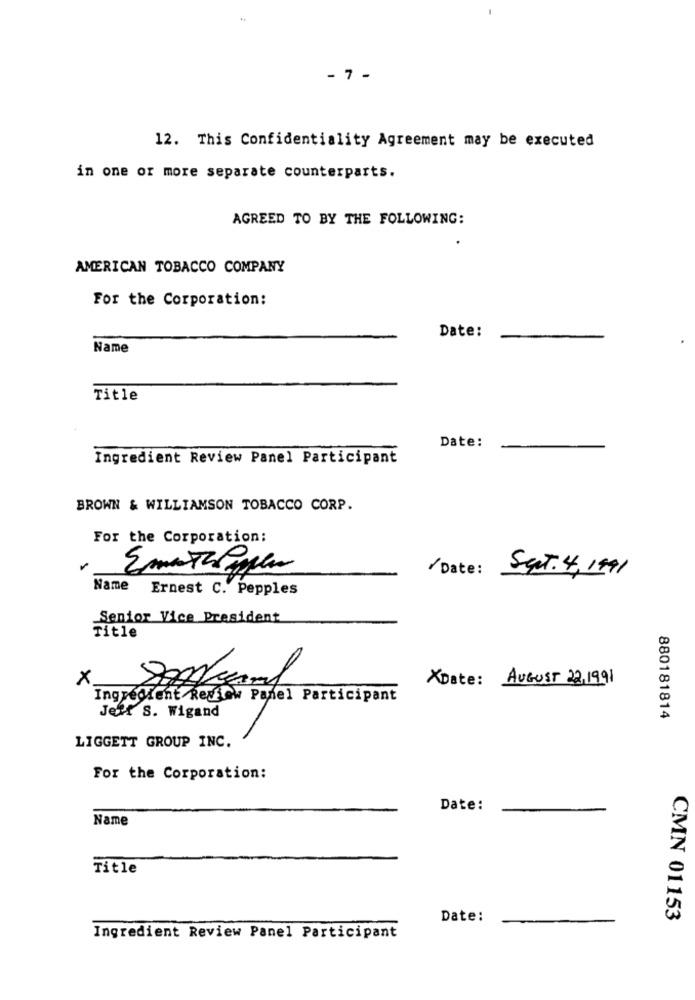
- 7 -
12. This Confidentiality Agreement may be executed
in one or more separate counterparts.
AGREED TO BY THE FOLLOWING:
AMERICAN TOBACCO COMPANY
For the Corporation:
Date:
Name
Title
Date:
Ingredient Review Panel Participant
BROWN & WILLIAMSON TOBACCO CORP.
For the Corporation:
/ Date:
Sent. 4, 1991
Name Ernest C. Pepples
Senior Vice President
Title
×
700Kcal
XDate: AUGUST 22,1991
Ingredient Review Panel Participant
Jeff S. Wigand
880181814
LIGGETT GROUP INC.
For the Corporation:
Date:
Name
Title
Date:
CMN 01153
Ingredient Review Panel Participant